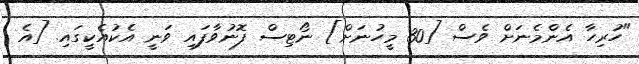
"ހުރިހާ އެންމެނަށް ވެސް [30 މީހުނަށް] ނޯޓިސް ފޮނުވާފައި ވަނީ އެކުއެކީގައި. [އެ